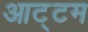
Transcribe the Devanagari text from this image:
आट्टम